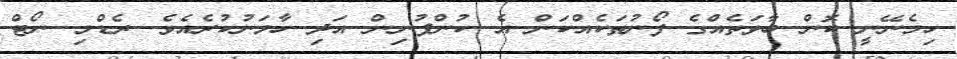
ހިމެނޭނީ ކޮން ބާވަތެއްގެ ފޯނުތަކެއްކަން އެ ކުންފުނިން އަދި ހާމަނުކުރެއެވެ. ރެޑްމި ނޯޓް